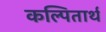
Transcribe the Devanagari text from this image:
कल्पितार्थ